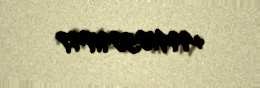
+994105091747